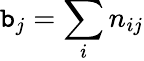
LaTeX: \mathtt{b}_{j}=\sum_{i}n_{ij}